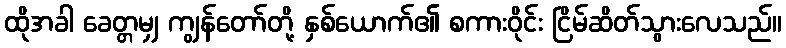
ထိုအခါ ခေတ္တမျှ ကျွန်တော်တို့ နှစ်ယောက်၏ စကားဝိုင်း ငြိမ်ဆိတ်သွားလေသည်။